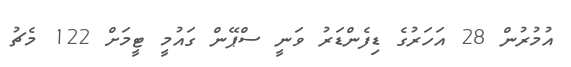
އުމުރުން 28 އަހަރުގެ ޑިފެންޑަރު ވަނީ ސްޕޭން ގައުމީ ޓީމަށް 122 މެޗު